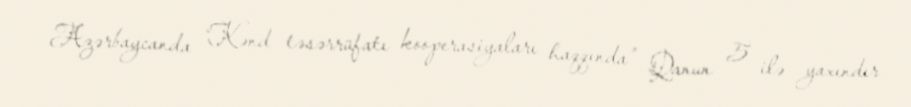
Azərbaycanda “Kənd təsərrüfatı kooperasiyaları haqqında” Qanun 5 ilə yaxındır